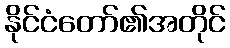
နိုင်ငံတော်၏အတိုင်